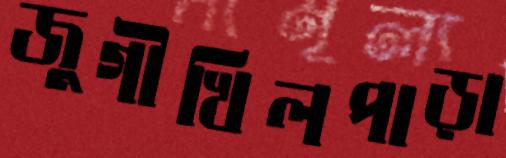
জুগীখিলপাড়া